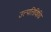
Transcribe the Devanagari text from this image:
उत्त्पत्तिविधि